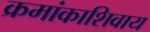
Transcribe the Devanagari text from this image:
क्रमांकाशिवाय